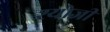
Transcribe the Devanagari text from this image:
श्योजी